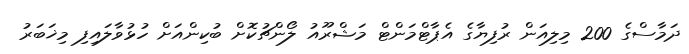
ދަމާސްގެ 200 މިލިއަން ރުފިޔާގެ އެޕާޓްމަންޓް މަޝްރޫއު ލޯންޗުކޮށް ބުކިންއަށް ހުޅުވާލައިފި މިޚަބަރު